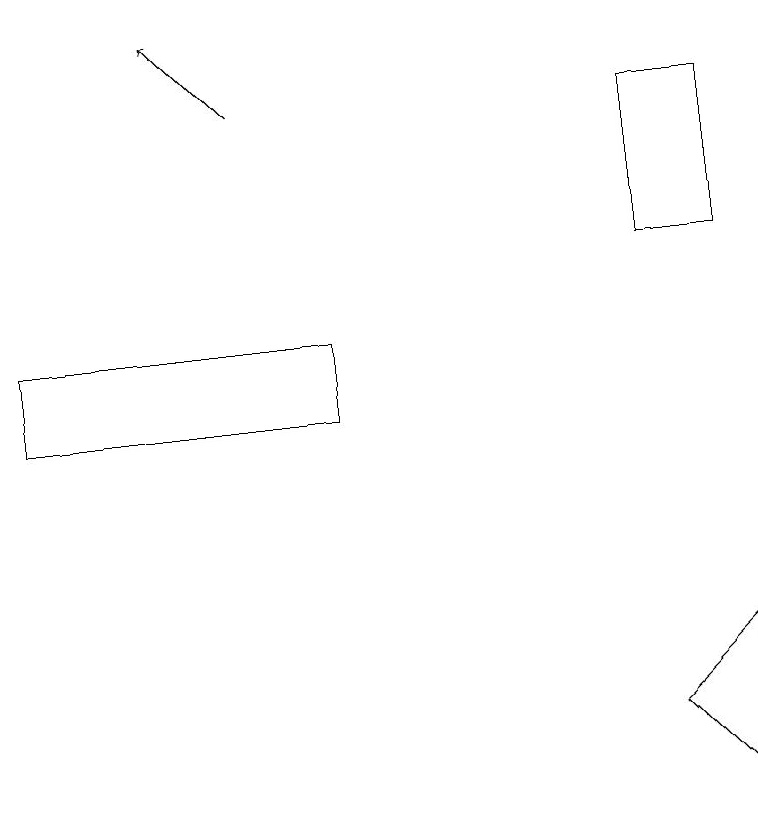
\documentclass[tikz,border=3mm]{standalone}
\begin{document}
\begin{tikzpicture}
\draw[->] (3,16) -- (2,17);
\draw (0,12) rectangle (4,13);
\draw (9,14) rectangle (8,16);
\draw (8,8) -- (9,7) -- (9,9) -- cycle;
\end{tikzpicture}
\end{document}